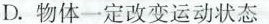
D.物体一定改变运动状态